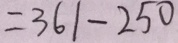
= 3 6 1 - 2 5 0